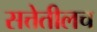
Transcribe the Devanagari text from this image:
सत्तेतीलच